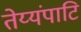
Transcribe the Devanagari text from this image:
तेय्यंपाटि